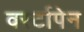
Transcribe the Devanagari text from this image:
वर्स्टापेन